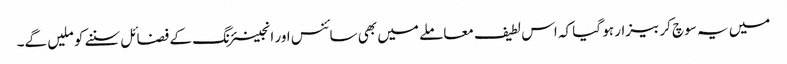
میں یہ سوچ کر بیزار ہو گیا کہ اس لطیف معاملے میں بھی سائنس اور انجینئرنگ کے فضائل سننے کو ملیں گے۔